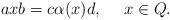
LaTeX: \begin{align*}axb=c\alpha(x)d,\ \ \ \ x\in Q.\end{align*}